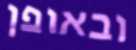
ובאופן